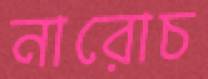
নারোচ